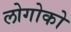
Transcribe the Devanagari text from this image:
लोगोको